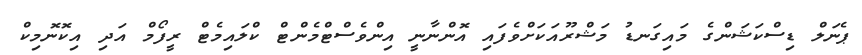
ޕެނަލް ޑިސްކަޝަންގެ މައިގަނޑު މަޝްރޫއަކަށްވެފައި އޮންނާނީ އިންވެސްޓްމެންޓް ކްލައިމެޓް ރީފޯމް އަދި އިކޮނޮމިކް